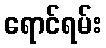
ရောင်ရမ်း